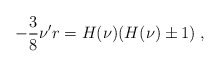
\begin{align*}-\frac{3}{8}\nu' r =H(\nu)(H(\nu)\pm 1) \; ,\end{align*}